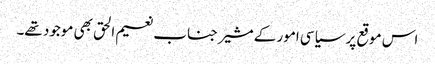
اس موقع پر سیاسی امور کے مشیر جناب نعیم الحق بھی موجود تھے۔